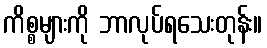
ကိစ္စများကို ဘာလုပ်ရသေးတုန်း။